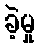
ခဲ့မှု